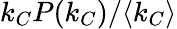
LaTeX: k_{C}P(k_{C})/\langle k_{C}\rangle